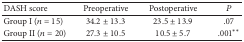
<table><thead><tr><td><b>DASH score</b></td><td><b>Preoperative</b></td><td><b>Postoperative</b></td><td><b><i>P</i></b></td></tr></thead><tbody><tr><td>Group I (<i>n</i> = 15)</td><td>34.2 ± 13.3</td><td>23.5 ± 13.9</td><td>.07</td></tr><tr><td>Group II (<i>n</i> = 20)</td><td>27.3 ± 10.5</td><td>10.5 ± 5.7</td><td>.001**</td></tr></tbody></table>